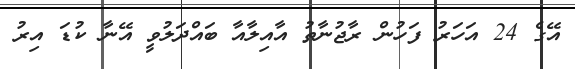
އޭގެ 24 އަހަރު ފަހުން ރާޖުނާތު އާއިލާއާ ބައްދަލުވީ އޭނާ ކުޑަ އިރު